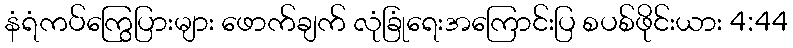
နံရံကပ်ကြွေပြားများ ဖောက်ချက် လုံခြုံရေးအကြောင်းပြ စပစ်ဖိုင်းယား 4:44